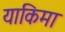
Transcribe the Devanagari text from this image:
याकिमा